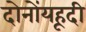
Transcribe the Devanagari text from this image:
दोनोंयहूदी